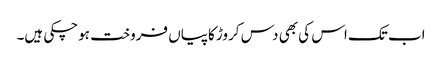
اب تک اس کی بھی دس کروڑ کاپیاں فروخت ہوچکی ہیں۔